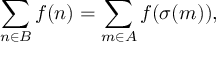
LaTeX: \sum _ { n \in B } f ( n ) = \sum _ { m \in A } f ( \sigma ( m ) ) , \quad